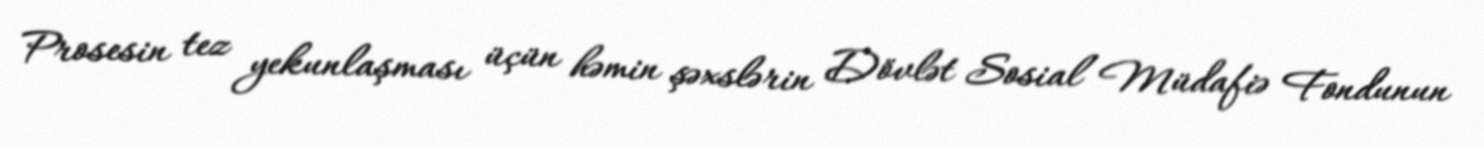
Prosesin tez yekunlaşması üçün həmin şəxslərin Dövlət Sosial Müdafiə Fondunun